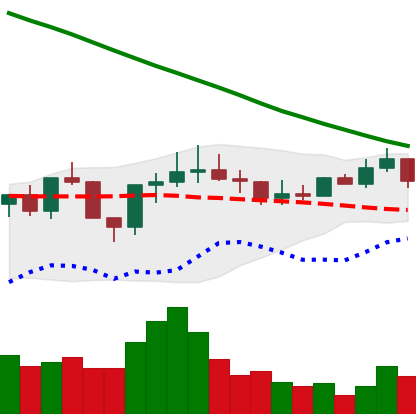
Ticker: ADA-USD
Chart end date: 2022-08-09
Forward return: 10.95%
Label: up_7plus